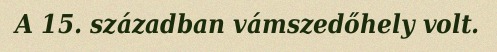
A 15. században vámszedőhely volt.